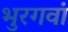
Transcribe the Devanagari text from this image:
भुरगवां